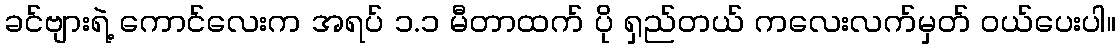
ခင်ဗျားရဲ့ ကောင်လေးက အရပ် ၁.၁ မီတာထက် ပို ရှည်တယ် ကလေးလက်မှတ် ဝယ်ပေးပါ။